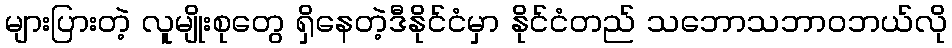
များပြားတဲ့ လူမျိုးစုတွေ ရှိနေတဲ့ဒီနိုင်ငံမှာ နိုင်ငံတည် သဘောသဘာဝဘယ်လို